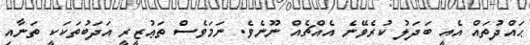
ޙައްދުތައް އެއީ ބަދަލު ކުރެވޭނެ އެއްޗެއް ނޫނެވެ. ނަމަވެސް ތަޢުޒީރީ އަދަބުތަކަކީ ތަނާއި